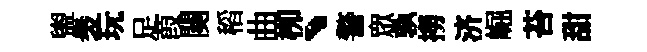
盥褁玩足葭闋稻曲栁丶警衆孰撈济崛苔甜